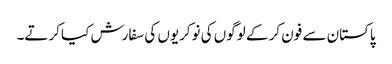
پاکستان سے فون کر کے لوگوں کی نوکریوں کی سفارش کیا کرتے۔